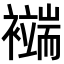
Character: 𧞖